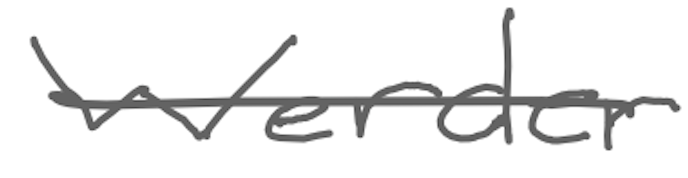
Text: Werder
Cross-out: single-line
Writing tool: digital_gray